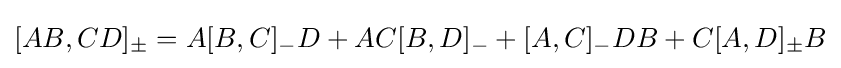
[AB,CD]_{\pm }=A[B,C]_{-}D+AC[B,D]_{-}+[A,C]_{-}DB+C[A,D]_{\pm }B